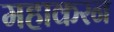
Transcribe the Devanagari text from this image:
महाकरन